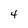
Character: 4